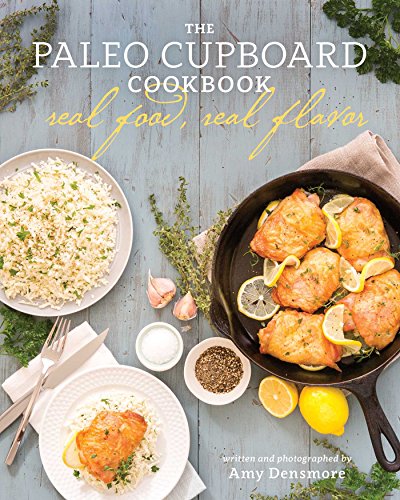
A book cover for The Paleo Cupboard Cookbook: Real Food, Real Flavor; Amy Densmore; Cookbooks, Food & Wine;